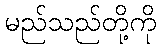
မည်သည်တို့ကို